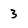
Character: 3